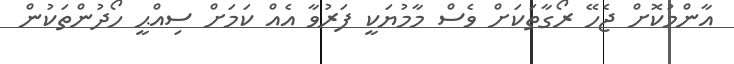
އާންމުކޮށް ޖެހޭ ރޯގާތަކަށް ވެސް މާމުޔަކީ ފަރުވާ އެއް ކަމަށް ސިއްޙީ ހޯދުންތަކުން